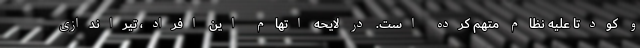
و کودتا علیه نظام متهم کرده است. در لایحه اتهام این افراد، تیراندازی